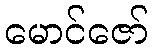
မောင်ဇော်